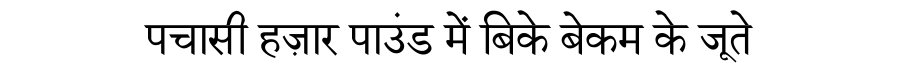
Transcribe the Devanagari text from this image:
पचासी हज़ार पाउंड में बिके बेकम के जूते